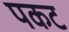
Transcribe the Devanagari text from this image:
पकट